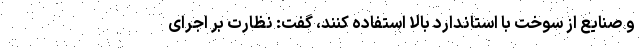
و صنایع از سوخت با استاندارد‌ بالا استفاده کنند، گفت: نظارت بر اجرای